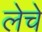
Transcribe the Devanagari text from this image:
लेचे